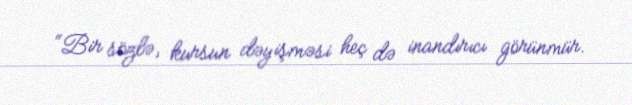
“Bir sözlə, kursun dəyişməsi heç də inandırıcı görünmür.